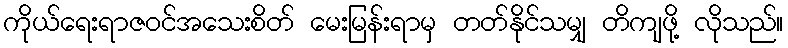
ကိုယ်ရေးရာဇဝင်အသေးစိတ် မေးမြန်းရာမှ တတ်နိုင်သမျှ တိကျဖို့ လိုသည်။